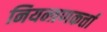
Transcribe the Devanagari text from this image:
नियन्त्रणकर्त्ता